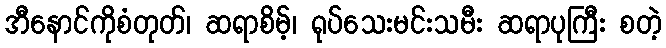
အီနောင်ကိုစံတုတ်၊ ဆရာစိမ့်၊ ရုပ်သေးမင်းသမီး ဆရာပုကြီး စတဲ့